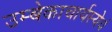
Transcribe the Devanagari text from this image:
उम्बेकाचार्यस्येयं